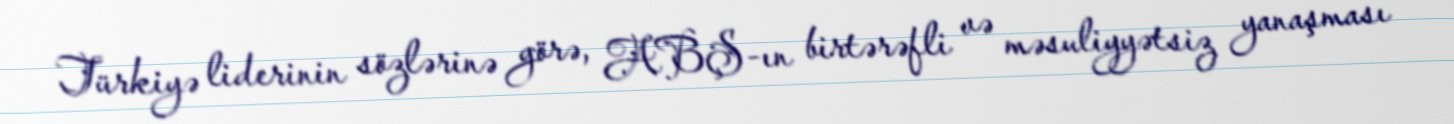
Türkiyə liderinin sözlərinə görə, ABŞ-ın birtərəfli və məsuliyyətsiz yanaşması